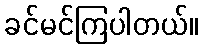
ခင်မင်ကြပါတယ်။